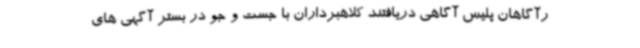
رآگاهان پلیس آگاهی دریافتند کلاهبرداران با جست و جو در بستر آگهی های